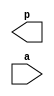
module Bmul (
p, a
)/* synthesis syn_black_box syn_noprune=1 */;
  output [7 : 0] p;
  input [7 : 0] a;
  
  // synthesis translate_off
  
  wire [7 : 1] NlwRenamedSignal_a;
  assign
    p[6] = NlwRenamedSignal_a[7],
    p[5] = NlwRenamedSignal_a[6],
    p[4] = NlwRenamedSignal_a[5],
    p[3] = NlwRenamedSignal_a[4],
    p[2] = NlwRenamedSignal_a[3],
    p[1] = NlwRenamedSignal_a[2],
    p[0] = NlwRenamedSignal_a[1],
    NlwRenamedSignal_a[7] = a[7],
    NlwRenamedSignal_a[6] = a[6],
    NlwRenamedSignal_a[5] = a[5],
    NlwRenamedSignal_a[4] = a[4],
    NlwRenamedSignal_a[3] = a[3],
    NlwRenamedSignal_a[2] = a[2],
    NlwRenamedSignal_a[1] = a[1];
  GND   \blk00000001/blk00000002  (
    .G(p[7])
  );

// synthesis translate_on

endmodule